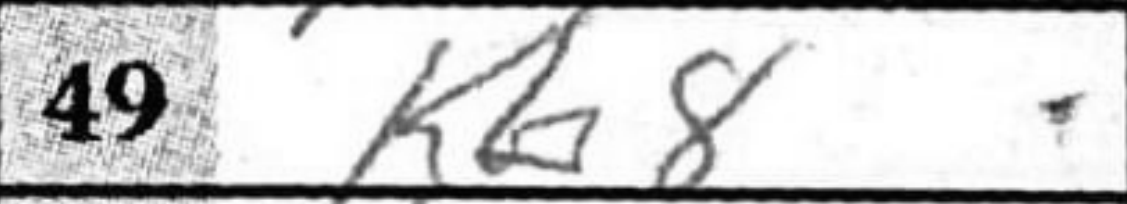
Transcription: Kb8